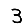
Digit: 3